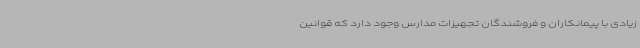
زیادی با پیمانکاران و فروشندگان تجهیزات مدارس وجود دارد که قوانین